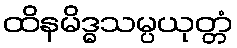
ထိနမိဒ္ဓသမ္ပယုတ္တံ